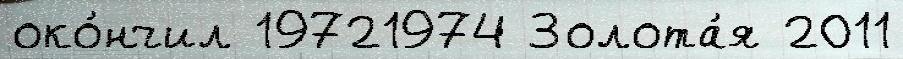
око́нчил 19721974 Золота́я 2011